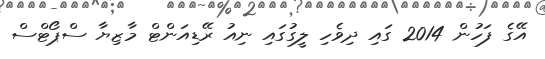
އޭގެ ފަހުން 2014 ގައި ދިވެހި ލީގުގައި ނިއު ރޭޑިއަންޓް މާޒިޔާ ސްޕޯޓްސް